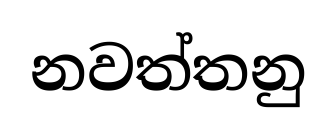
නවත්තනු